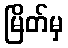
မြိတ်မှ